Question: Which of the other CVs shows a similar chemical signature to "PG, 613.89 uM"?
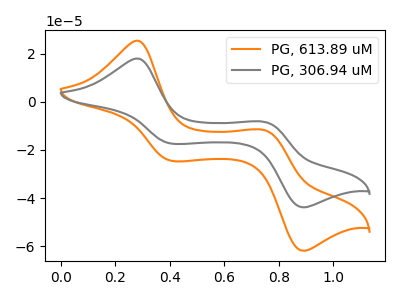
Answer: <think>The orange curve "PG, 613.89 uM" has anodic peaks at (0.30V, 25.35uA) (0.75V, -11.80uA) and cathodic peaks at (0.40V, -24.55uA) (0.90V, -61.85uA). The gray curve "PG, 306.94 uM" has anodic peaks at (0.30V, 17.95uA) (0.75V, -8.35uA) and cathodic peaks at (0.40V, -17.40uA) (0.90V, -43.80uA).
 All the peaks in "PG, 613.89 uM" have a peak in "PG, 306.94 uM" at the same potential.</think>
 <answer>The CV with the most similar shape to "PG, 306.94 uM" is "PG, 613.89 uM".</answer>
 <eval>"PG, 613.89 uM"</eval>